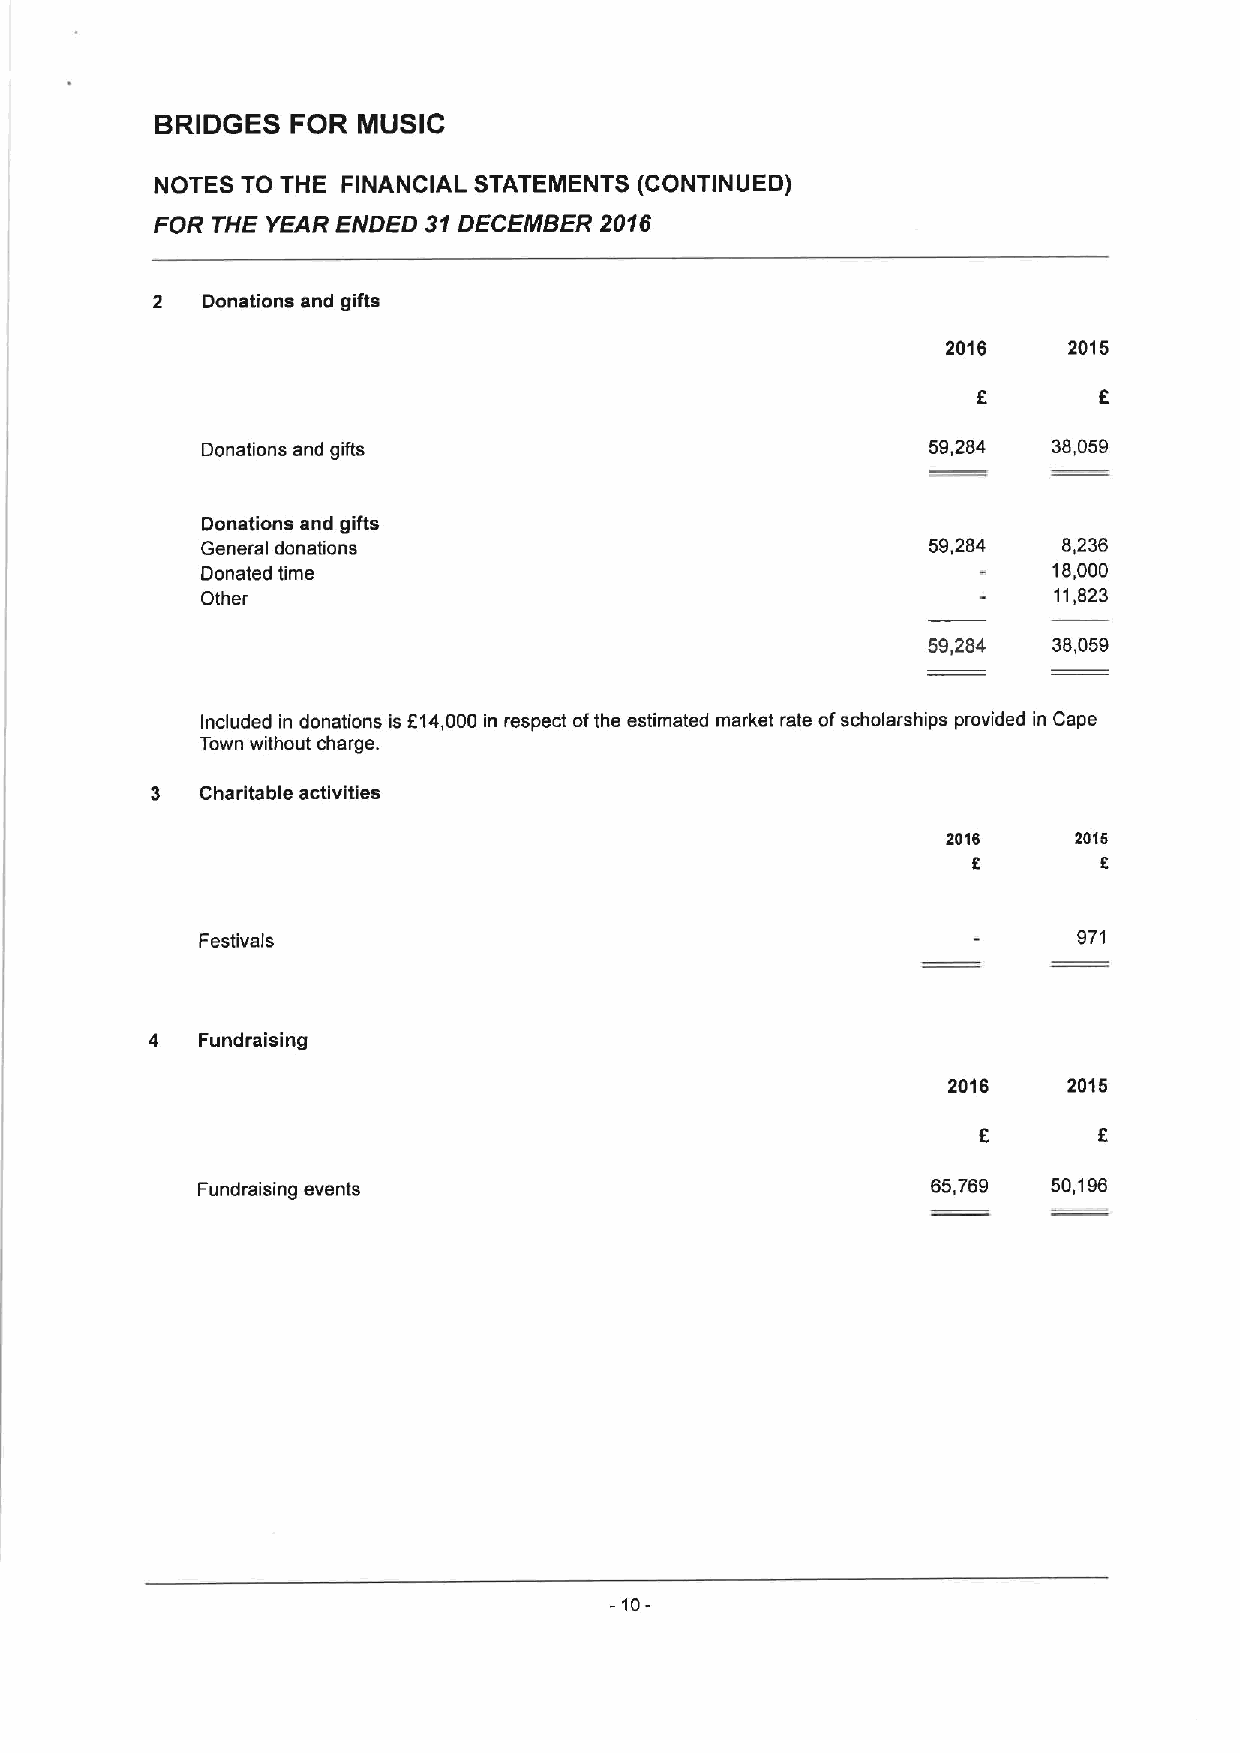
BRIDGES  FOR  MUSIC
 NOTES TO THE FINANCIAL STATEMENTS (CONTINUED)
 FOR THE YEAR ENDED 31DECEMBER 2016
 2  Donations and gifts
 2016    2015
 Donations and gifts                             59,284   38,059
 Donations and gifts
 General donations                               59,284   8,236
 Donated time                                             18,000
 Other                                                    11,823
 59,284   38,059
 Included in donations is 814,000 in respect ofthe estimated market rate ofscholarships provided in Cape
 Town without charge.
 3  Charitable activities
 2015    2015
 2        5
 Festivals                                                 971
 4  Fundraising
 2016    2015
 Fundraising events                               65,769  50,196
 -10-